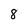
Character: 8